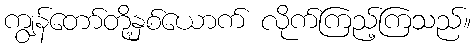
ကျွန်တော်တို့နှစ်ယောက် လိုက်ကြည့်ကြသည်။